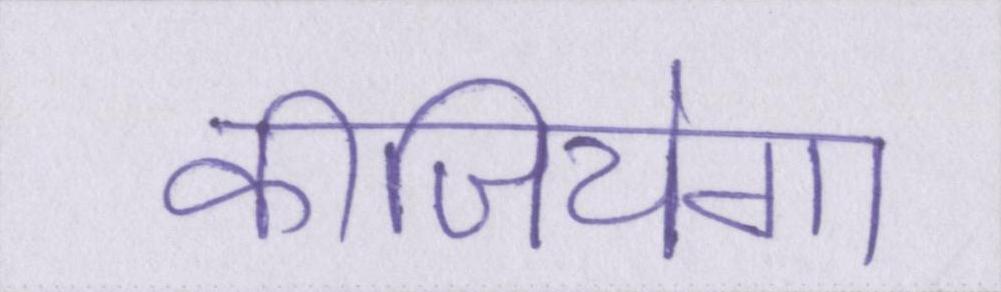
कीजियेगा